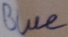
Text: Blue